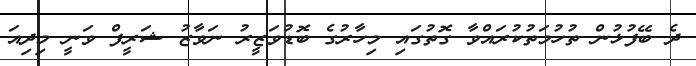
ދެ ބޭފުޅުން ތުހުމަތުކުރައްވާ ގޮތުގައި މިހާރުގެ ބޮޑުވަޒީރު ނަވާޒު ޝަރީފް ވަނީ މިދިއަ